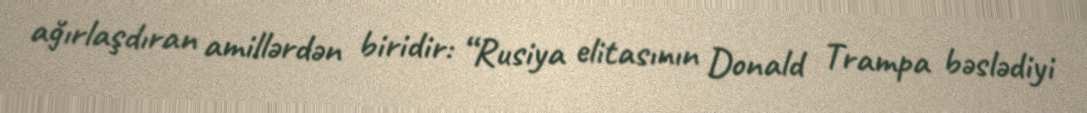
ağırlaşdıran amillərdən biridir: “Rusiya elitasının Donald Trampa bəslədiyi